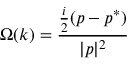
\Omega ( k ) = \frac { \frac { i } { 2 } ( p - p ^ { * } ) } { | p | ^ { 2 } }